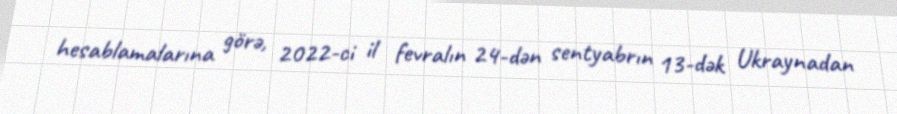
hesablamalarına görə, 2022-ci il fevralın 24-dən sentyabrın 13-dək Ukraynadan